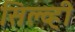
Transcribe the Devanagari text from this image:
सिल्व्ही